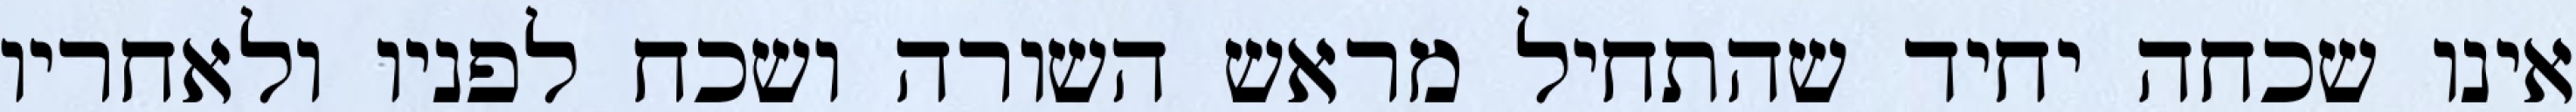
אינו שכחה יחיד שהתחיל מראש השורה ושכח לפניו ולאחריו